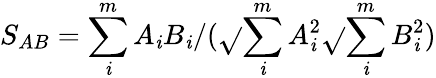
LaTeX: S_{AB}=\sum_{\mathit{i}}^{m}A_{\mathit{i}}B_{\mathit{i}}/(\sqrt{}{{\sum_{\mathit{i}}^{m}A_{\mathit{i}}^{2}}}\sqrt{}{{\sum_{\mathit{i}}^{m}B_{\mathit{i}}^{2}}})